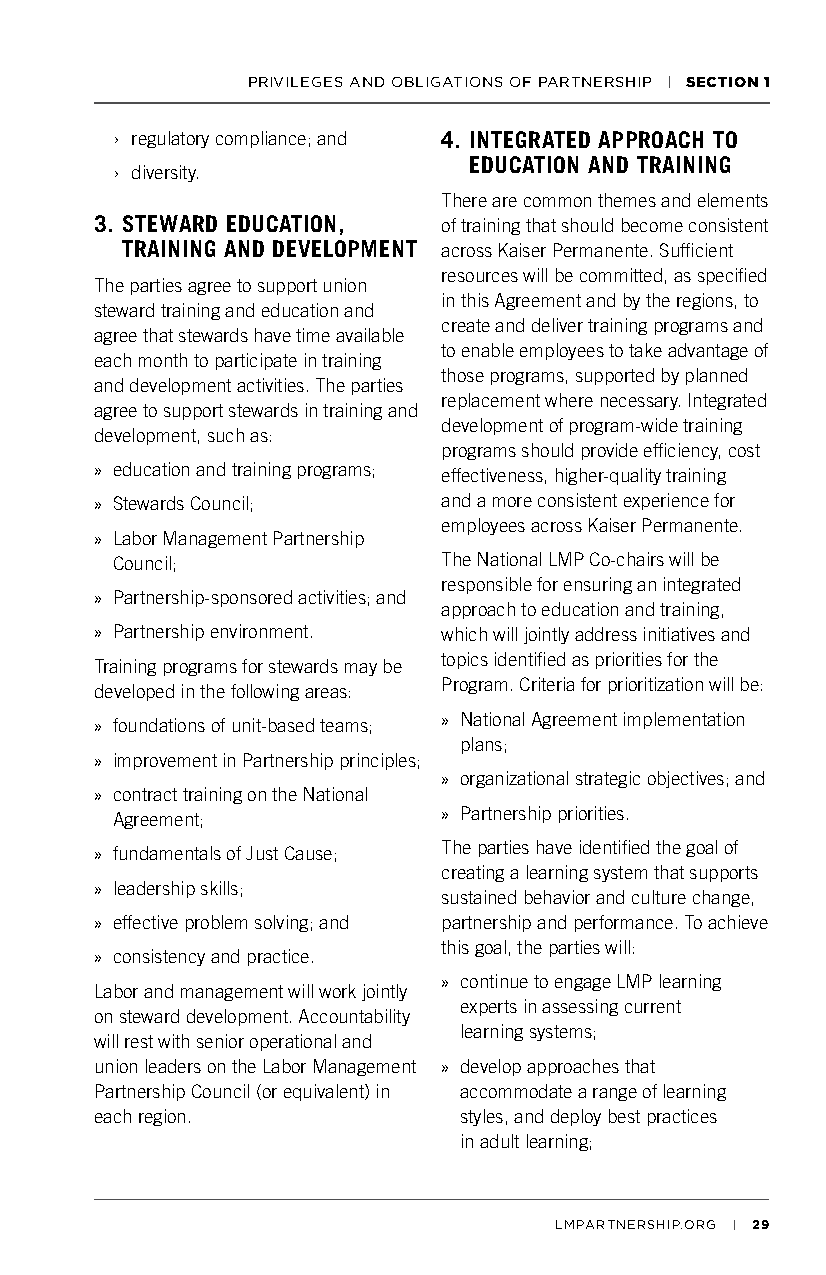
PRIVILEGES AND OBLIGATIONS OF PARTNERSHIP | SECTION 1
 › regulatory compliance; and 4. INTEGRATED APPROACH TO
 EDUCATION AND TRAINING
 › diversity.
 There are common themes and elements
 3. STEWARD EDUCATION,  of training that should become consistent
 TRAINING AND DEVELOPMENT across Kaiser Permanente. Sufficient
 resources will be committed, as specified
 The parties agree to support union
 in this Agreement and by the regions, to
 steward training and education and
 create and deliver training programs and
 agree that stewards have time available
 to enable employees to take advantage of
 each month to participate in training
 those programs, supported by planned
 and development activities. The parties
 replacement where necessary. Integrated
 agree to support stewards in training and
 development of program-wide training
 development, such as:
 programs should provide efficiency, cost
 » education and training programs; effectiveness, higher-quality training
 » Stewards Council;    and a more consistent experience for
 employees across Kaiser Permanente.
 » Labor Management Partnership
 Council;              The National LMP Co-chairs will be
 responsible for ensuring an integrated
 » Partnership-sponsored activities; and
 approach to education and training,
 » Partnership environment. which will jointly address initiatives and
 topics identified as priorities for the
 Training programs for stewards may be
 Program. Criteria for prioritization will be:
 developed in the following areas:
 » foundations of unit-based teams; » National Agreement implementation
 plans;
 » improvement in Partnership principles;
 » organizational strategic objectives; and
 » contract training on the National
 Agreement;            » Partnership priorities.
 The parties have identified the goal of
 » fundamentals of Just Cause;
 creating a learning system that supports
 » leadership skills;
 sustained behavior and culture change,
 » effective problem solving; and partnership and performance. To achieve
 this goal, the parties will:
 » consistency and practice.
 » continue to engage LMP learning
 Labor and management will work jointly
 experts in assessing current
 on steward development. Accountability
 learning systems;
 will rest with senior operational and
 union leaders on the Labor Management » develop approaches that
 Partnership Council (or equivalent) in accommodate a range of learning
 each region.            styles, and deploy best practices
 in adult learning;
 LMPARTNERSHIP.ORG | 29